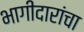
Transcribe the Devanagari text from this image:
भागीदारांचा